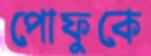
পোফুকে